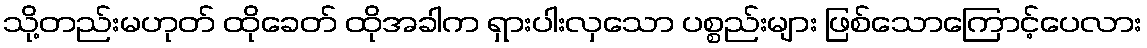
သို့တည်းမဟုတ် ထိုခေတ် ထိုအခါက ရှားပါးလှသော ပစ္စည်းများ ဖြစ်သောကြောင့်ပေလား